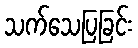
သက်သေပြခြင်း